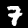
Digit: 7